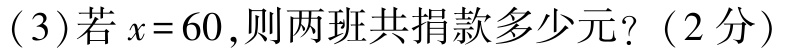
(3)若\(x = 60\)，则两班共捐款多少元？（2分）